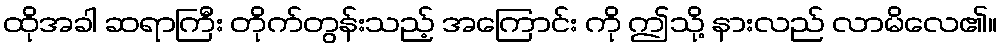
ထိုအခါ ဆရာကြီး တိုက်တွန်းသည့် အကြောင်း ကို ဤသို့ နားလည် လာမိလေ၏။